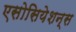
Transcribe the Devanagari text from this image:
एसोसियेशन्स